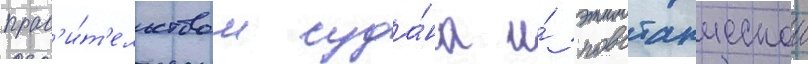
прав'и́т'ельством суда́на и́ повстанческои